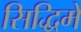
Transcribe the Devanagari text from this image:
सिद्धिमें